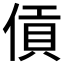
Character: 𪝖